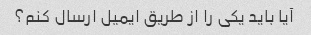
آیا باید یکی را از طریق ایمیل ارسال کنم؟